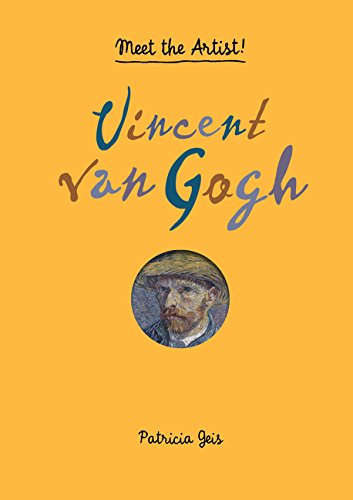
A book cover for Vincent van Gogh: Meet the Artist!; Patricia Geis; Children's Books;